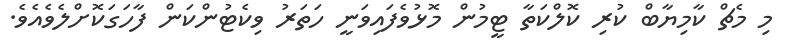
މި މެޗް ކާމިޔާބް ކުރި ކޮލްކަތާ ޓީމުން މޮޅުވެފައިވަނީ ހަތަރު ވިކެޓުންކަން ފާހަގަކޮށްލެވެއެވެ.